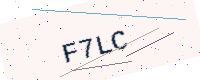
Text: F7LC